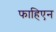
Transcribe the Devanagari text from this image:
फाहिएन